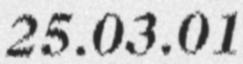
25.03.01